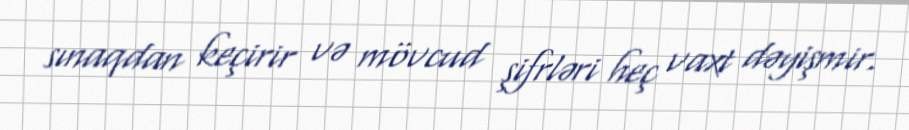
sınaqdan keçirir və mövcud şifrləri heç vaxt dəyişmir.